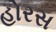
હોરસ